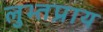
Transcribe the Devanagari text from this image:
लुभ्तप्राय